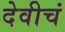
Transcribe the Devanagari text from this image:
देवीचं